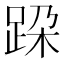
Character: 跥